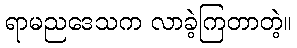
ရာမညဒေသက လာခဲ့ကြတာတဲ့။